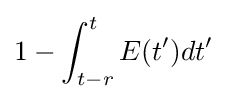
1-\int _{t-r}^{t}E(t')dt'